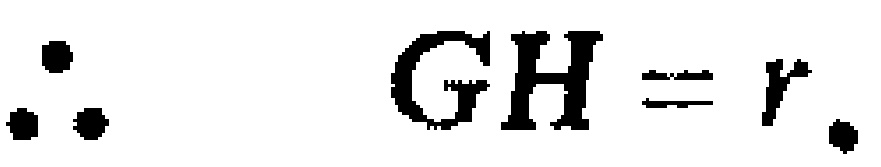
\(\therefore GH = r.\)